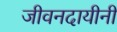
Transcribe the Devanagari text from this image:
जीवनदायीनी